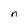
Character: n